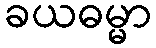
ခယဓမ္မာ